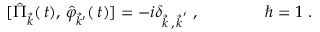
[ \hat { \Pi } _ { \vec { k } } ( \, t ) , \, \hat { \varphi } _ { \vec { k } ^ { \prime } } ( \, t ) ] = - i \delta _ { { \vec { k } \, , \, \vec { k } } ^ { \prime } } \ , \qquad \qquad \hbar = 1 \ .